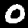
Digit: 0